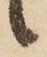
候